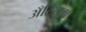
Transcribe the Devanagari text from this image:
अँटियम